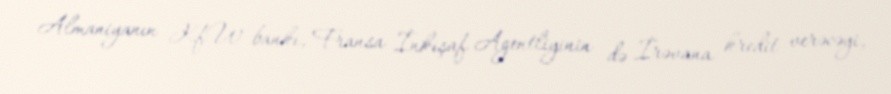
Almaniyanın KfW bankı, Fransa İnkişaf Agentliyinin də İrəvana kredit verəcəyi,